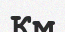
Км